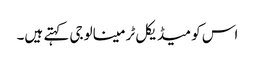
اس کو میڈیکل ٹرمینالوجی کہتے ہیں۔